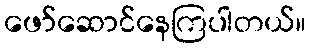
ဖော်ဆောင်နေကြပါတယ်။